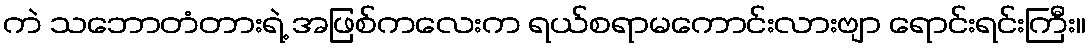
ကဲ သဘောတံတားရဲ့ အဖြစ်ကလေးက ရယ်စရာမကောင်းလားဗျာ ရောင်းရင်းကြီး။